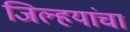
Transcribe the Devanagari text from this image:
जिल्हयांचा